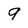
Character: 9